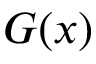
G ( x )